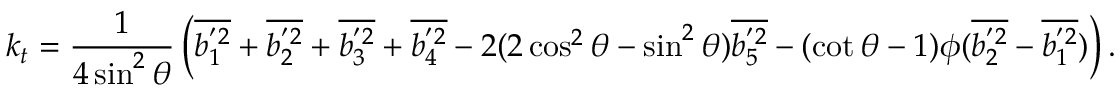
k _ { t } = \frac { 1 } { 4 \sin ^ { 2 } { \theta } } \left( \overline { { b _ { 1 } ^ { ' 2 } } } + \overline { { b _ { 2 } ^ { ' 2 } } } + \overline { { b _ { 3 } ^ { ' 2 } } } + \overline { { b _ { 4 } ^ { ' 2 } } } - 2 ( 2 \cos ^ { 2 } { \theta } - \sin ^ { 2 } { \theta } ) \overline { { b _ { 5 } ^ { ' 2 } } } - ( \cot { \theta } - 1 ) \phi ( \overline { { b _ { 2 } ^ { ' 2 } } } - \overline { { b _ { 1 } ^ { ' 2 } } } ) \right) .